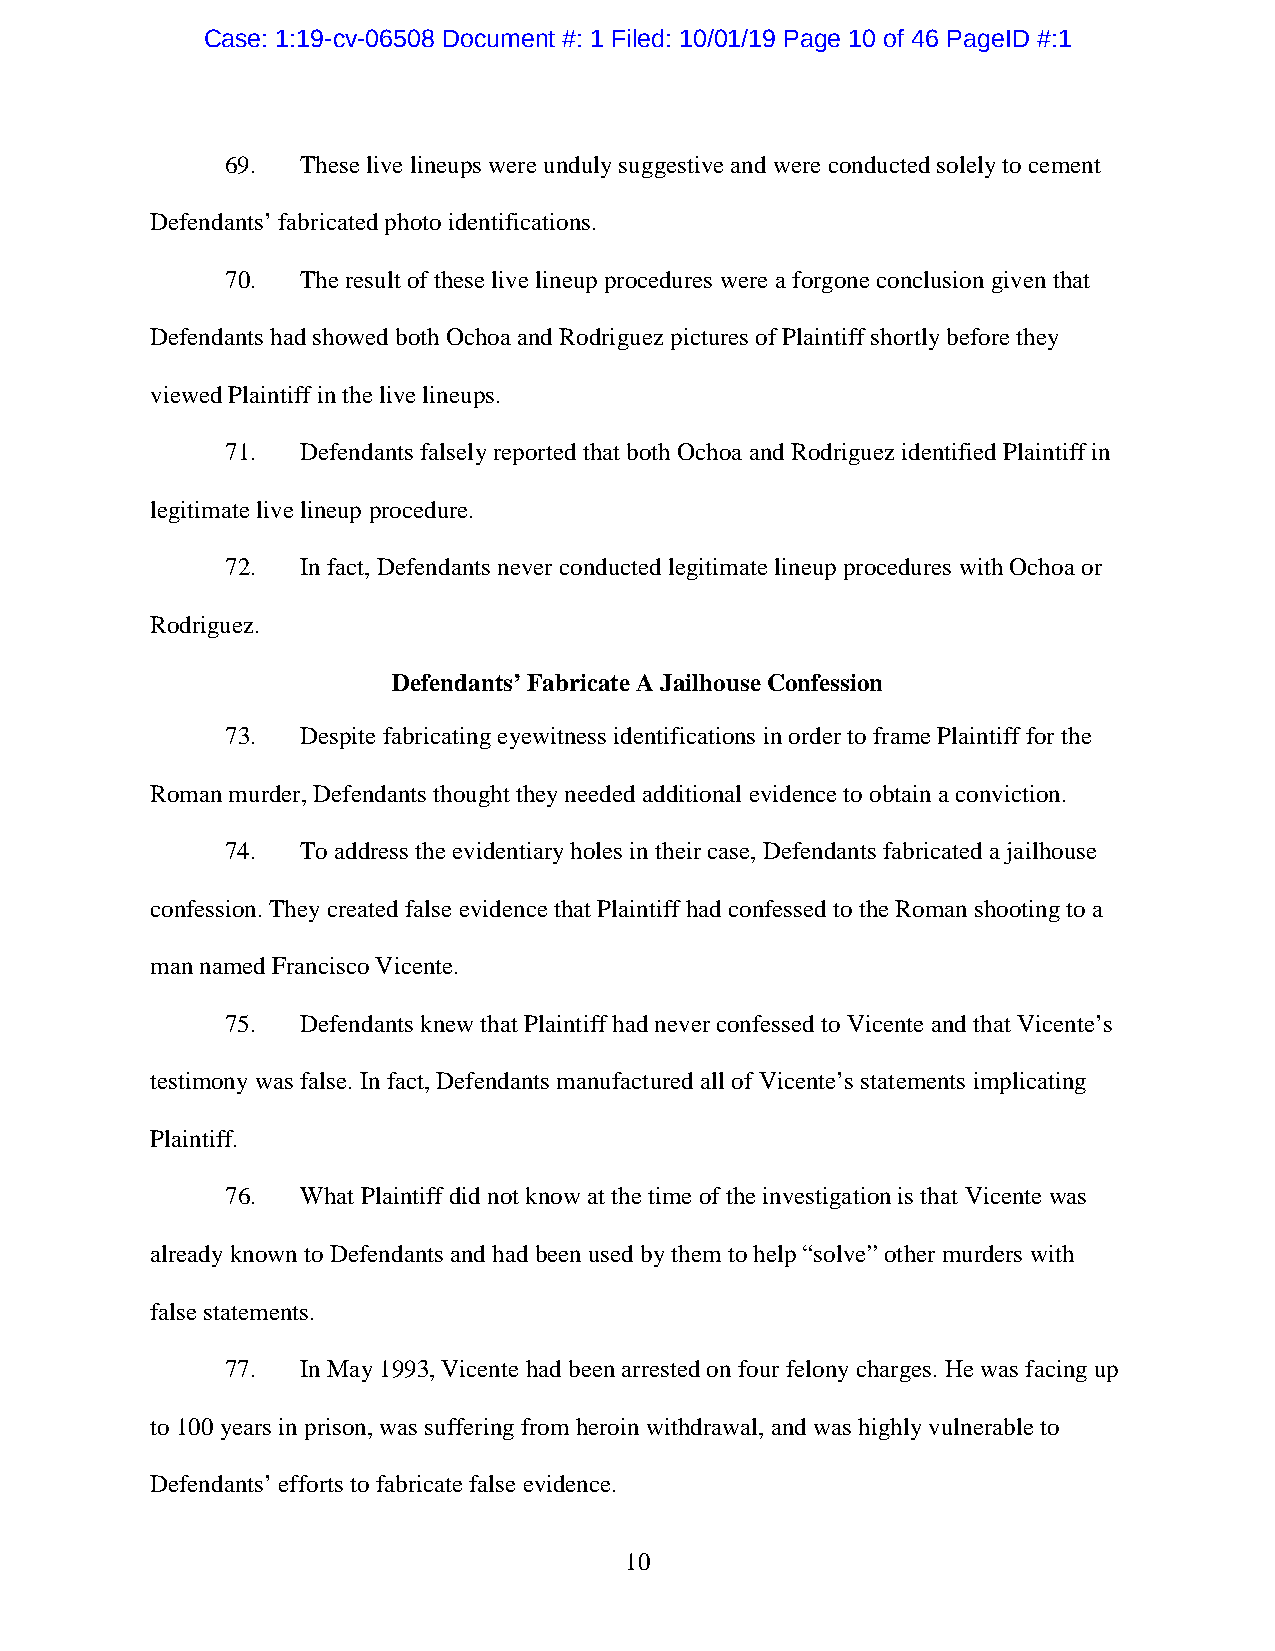
Case: 1:19-cv-06508 Document #: 1 Filed: 10/01/19 Page 10 of 46 PageID #:1
 69.  These live lineups were unduly suggestive and were conducted solely to cement
 Defendants’ fabricated photo identifications.
 70.  The result of these live lineup procedures were a forgone conclusion given that
 Defendants had showed both Ochoa and Rodriguez pictures of Plaintiff shortly before they
 viewed Plaintiff in the live lineups.
 71.  Defendants falsely reported that both Ochoa and Rodriguez identified Plaintiff in
 legitimate live lineup procedure.
 72.  In fact, Defendants never conducted legitimate lineup procedures with Ochoa or
 Rodriguez.
 Defendants’ Fabricate A Jailhouse Confession
 73.  Despite fabricating eyewitness identifications in order to frame Plaintiff for the
 Roman murder, Defendants thought they needed additional evidence to obtain a conviction.
 74.  To address the evidentiary holes in their case, Defendants fabricated a jailhouse
 confession. They created false evidence that Plaintiff had confessed to the Roman shooting to a
 man named Francisco Vicente.
 75.  Defendants knew that Plaintiff had never confessed to Vicente and that Vicente’s
 testimony was false. In fact, Defendants manufactured all of Vicente’s statements implicating
 Plaintiff.
 76.  What Plaintiff did not know at the time of the investigation is that Vicente was
 already known to Defendants and had been used by them to help “solve” other murders with
 false statements.
 77.  In May 1993, Vicente had been arrested on four felony charges. He was facing up
 to 100 years in prison, was suffering from heroin withdrawal, and was highly vulnerable to
 Defendants’ efforts to fabricate false evidence.
 10